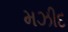
મઝીદ